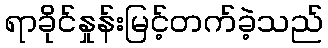
ရာခိုင်နှုန်းမြင့်တက်ခဲ့သည်